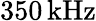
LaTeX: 350\, \textrm{kHz}